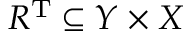
R ^ { \mathrm { T } } \subseteq Y \times X